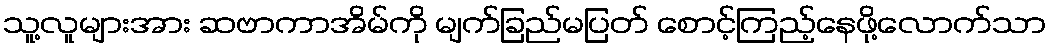
သူ့လူများအား ဆဗာကာအိမ်ကို မျက်ခြည်မပြတ် စောင့်ကြည့်နေဖို့လောက်သာ